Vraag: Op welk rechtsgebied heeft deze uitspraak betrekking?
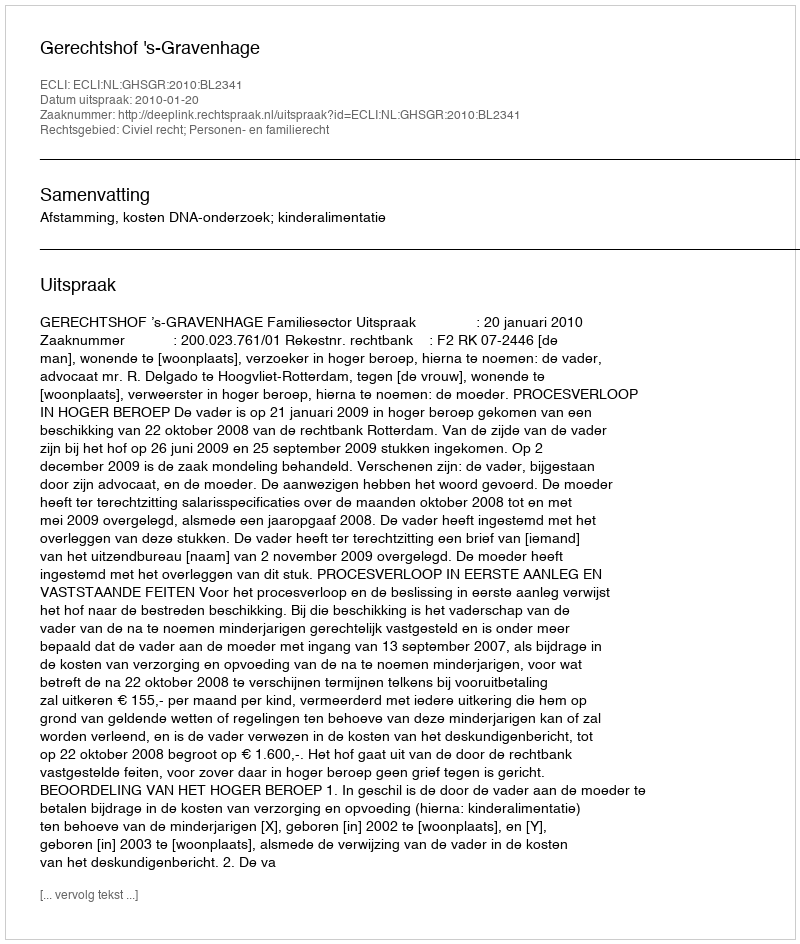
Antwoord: Civiel recht; Personen- en familierecht